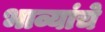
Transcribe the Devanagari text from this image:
भाव्यांचे